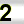
Digit: 2